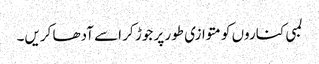
لمبی کناروں کو متوازی طور پر جوڑ کر اسے آدھا کریں۔